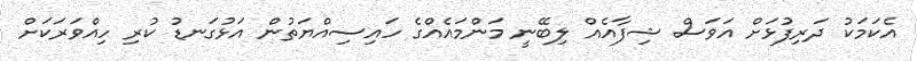
އެކަމަކު ދަރިފުޅަށް އަވަސް ޝިފާއެއް ލިބޭނީ މަންމައެއްގެ ހައިސިއްޔަތުން އަޅުގަނޑު ކުރި ހިއްވަރަކަށް